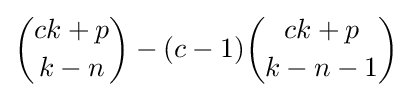
{\binom {ck+p}{k-n}}-(c-1){\binom {ck+p}{k-n-1}}